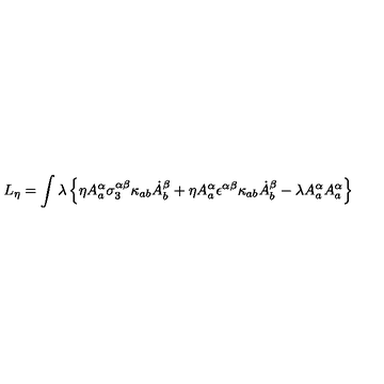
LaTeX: L _ { \eta } = \int \lambda \left\{ \eta A _ { a } ^ { \alpha } \sigma _ { 3 } ^ { \alpha \beta } \kappa _ { a b } \dot { A } _ { b } ^ { \beta } + \eta A _ { a } ^ { \alpha } \epsilon ^ { \alpha \beta } \kappa _ { a b } \dot { A } _ { b } ^ { \beta } - \lambda A _ { a } ^ { \alpha } A _ { a } ^ { \alpha } \right\}